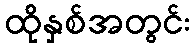
ထိုနှစ်အတွင်း